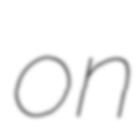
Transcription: on